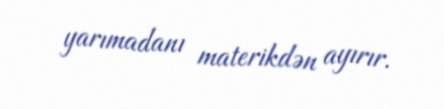
yarımadanı materikdən ayırır.